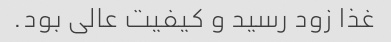
غذا زود رسید و کیفیت عالی بود.